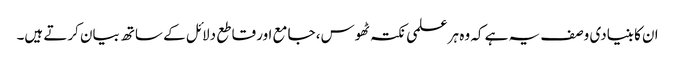
ان کا بنیادی وصف یہ ہے کہ وہ ہر علمی نکتہ ٹھوس، جامع اور قاطع دلائل کے ساتھ بیان کرتے ہیں۔